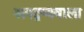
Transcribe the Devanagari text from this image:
अपद्रव्यवाला